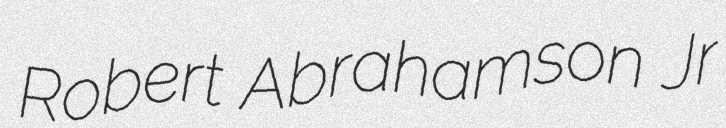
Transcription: Robert Abrahamson Jr